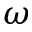
\omega